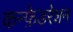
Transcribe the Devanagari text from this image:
कन्फ़ेडरेशन